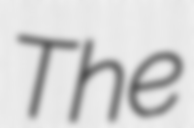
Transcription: The